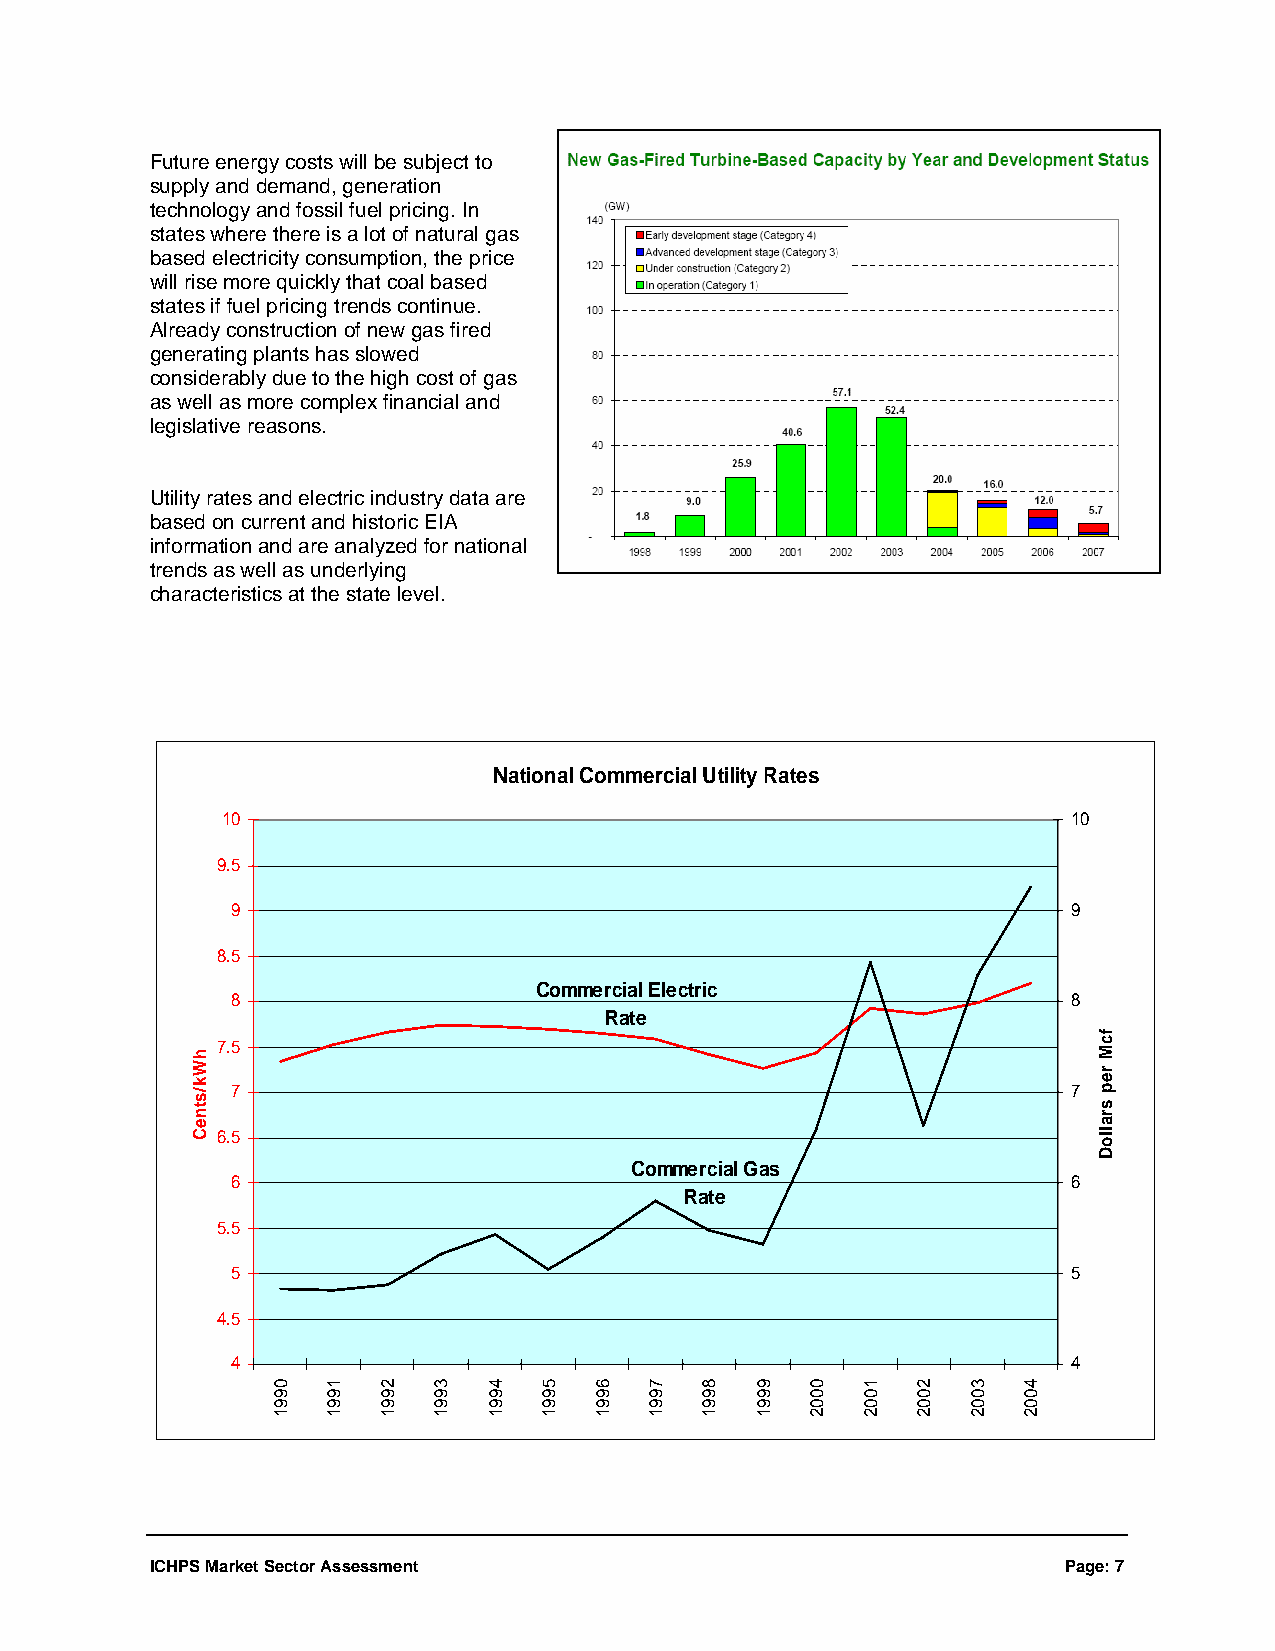
Future energy costs will be subject to
 supply and demand, generation
 technology and fossil fuel pricing. In
 states where there is a lot of natural gas
 based electricity consumption, the price
 will rise more quickly that coal based
 states if fuel pricing trends continue.
 Already construction of new gas fired
 generating plants has slowed
 considerably due to the high cost of gas
 as well as more complex financial and
 legislative reasons.
 Utility rates and electric industry data are
 based on current and historic EIA
 information and are analyzed for national
 trends as well as underlying
 characteristics at the state level.
 National Commercial Utility Rates
 10                                                      10
 9.5
 9                                                       9
 8.5
 Commercial Electric
 8                                                       8
 Rate
 7.5
 7                                                       7
 6.5
 Commercial Gas
 6                                                       6
 Rate
 5.5
 5                                                       5
 4.5
 4                                                       4
 ICHPS Market Sector Assessment                              Page: 7
 hWk/stneC
 0991 1991 2991 3991 4991 5991 6991 7991 8991 9991 0002 1002 2002 3002 4002
 fcM
 rep
 sralloD